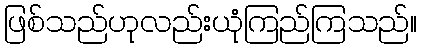
ဖြစ်သည်ဟုလည်းယုံကြည်ကြသည်။